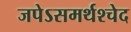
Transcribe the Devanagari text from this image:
जपेऽसमर्थश्चेद